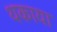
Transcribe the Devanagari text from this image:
थकाया